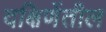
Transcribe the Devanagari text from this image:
दक्षिणेंतील